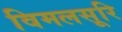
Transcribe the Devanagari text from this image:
विमलसूरि